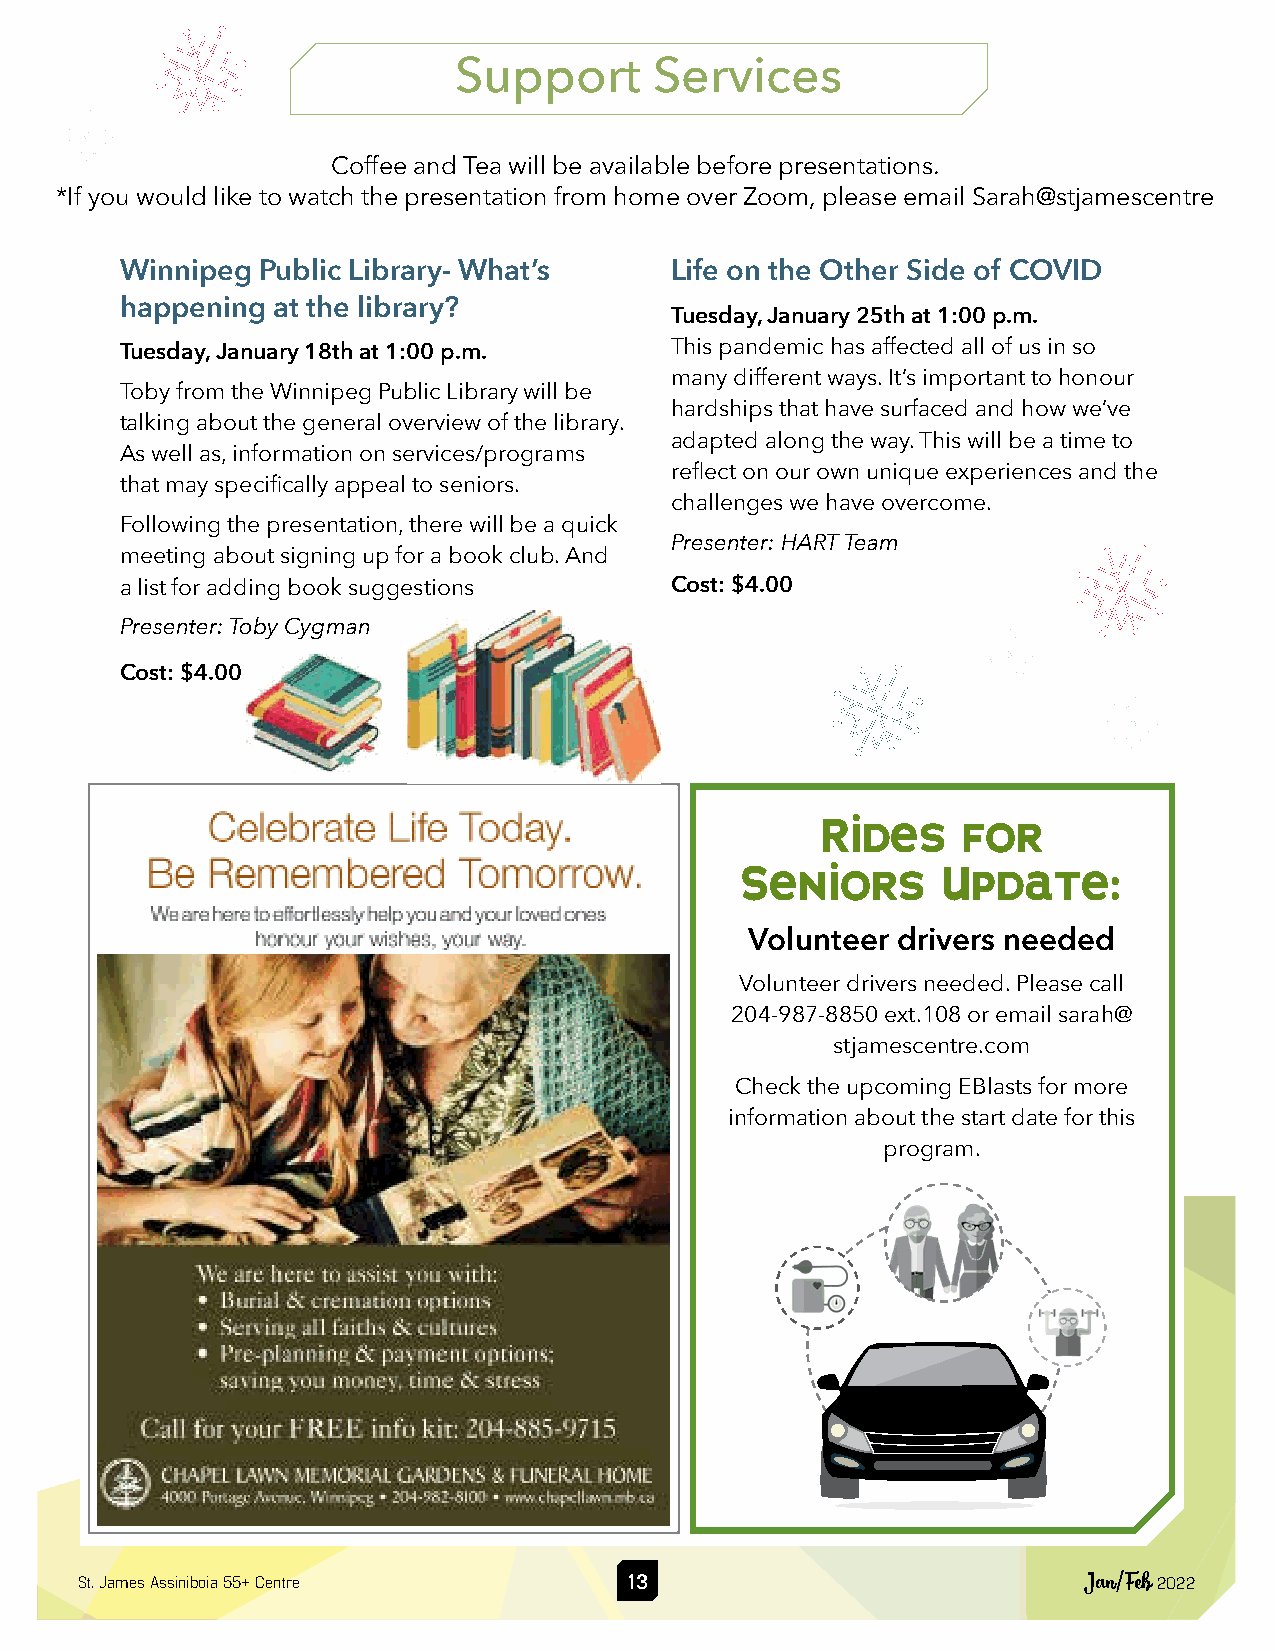
Support      Services
 Coffee and Tea will be available before presentations.
 *If you would like to watch the presentation from home over Zoom, please email Sarah@stjamescentre
 Winnipeg Public Library- What’s     Life on the Other Side of COVID
 happening at the library?
 Tuesday, January 25th at 1:00 p.m.
 This pandemic has affected all of us in so
 Tuesday, January 18th at 1:00 p.m.
 many different ways. It’s important to honour
 Toby from the Winnipeg Public Library will be
 hardships that have surfaced and how we’ve
 talking about the general overview of the library.
 adapted along the way. This will be a time to
 As well as, information on services/programs
 reflect on our own unique experiences and the
 that may specifically appeal to seniors.
 challenges we have overcome.
 Following the presentation, there will be a quick
 Presenter: HART Team
 meeting about signing up for a book club. And
 a list for adding book suggestions  Cost: $4.00
 Presenter: Toby Cygman
 Cost: $4.00
 Rides     for
 Seniors      Update:
 Volunteer drivers needed
 Volunteer drivers needed. Please call
 204-987-8850 ext.108 or email sarah@
 stjamescentre.com
 Check the upcoming EBlasts for more
 information about the start date for this
 program.
 St. James Assiniboia 55+ Centre      13                            Jan/Feb 2022